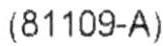
(81109-A)